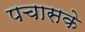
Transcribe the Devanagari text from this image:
पचासके